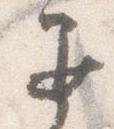
退